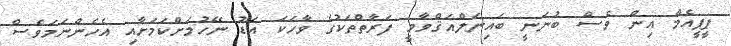
ޕީޕީއެމް އިން ވެސް ބުނަނީ ބައިނަލްއަޤްވާމީ ފަރާތްތަކުގެ ވާހަކަ އަޑު ނޭހުމަށްކަމަށާއި އެހެންނަމަވެސް